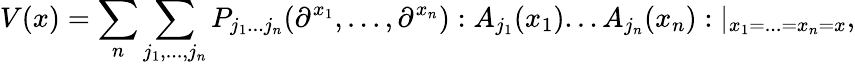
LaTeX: V(x)=\sum_{n}\sum_{j_{1},...,j_{n}}P_{j_{1}...j_{n}}(\partial^{x_{1}},...,\partial^{x_{n}}):A_{j_{1}}(x_{1})...A_{j_{n}}(x_{n}):|_{x_{1}=...=x_{n}=x},